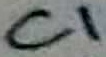
Text: C1